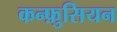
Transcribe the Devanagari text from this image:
कन्फ़ुसियन